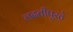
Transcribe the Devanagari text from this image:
लढतीपुरते